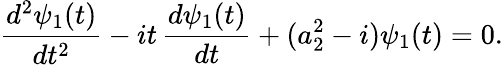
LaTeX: \frac{d^{2}\psi_{1}(t)}{dt^{2}}-it\, \frac{d\psi_{1}(t)}{dt}+(a_{2}^{2}-i)\psi_{1}(t)=0.